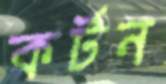
কর্টন